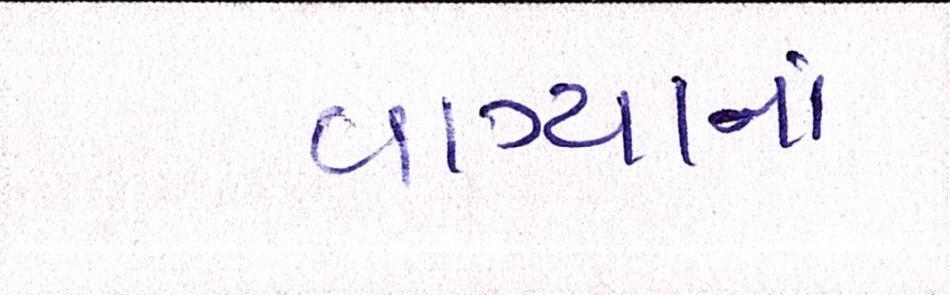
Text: વાગ્યાનાં